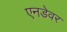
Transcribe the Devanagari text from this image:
एनडेवर